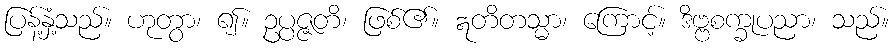
ပြန့်နှံ့သည်။ ဟုတွာ၊ ၍။ ဥပ္ပဇ္ဇတိ၊ ဖြစ်၏။ ဣတိတသ္မာ၊ ကြောင့်။ ဒိဗ္ဗစက္ခုပညာ၊ သည်။